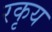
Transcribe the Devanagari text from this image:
रकृय